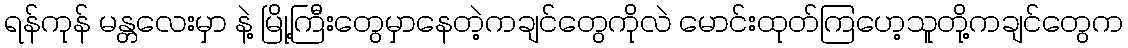
ရန်ကုန် မန္တလေးမှာ နဲ့ မြို့ကြီးတွေမှာနေတဲ့ကချင်တွေကိုလဲ မောင်းထုတ်ကြဟေ့သူတို့ကချင်တွေက